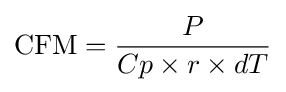
{\text{CFM}}={\frac {P}{Cp\times r\times dT}}